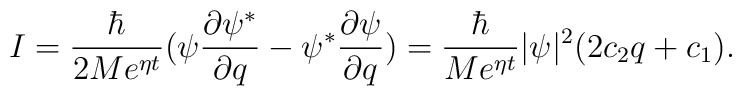
I=\frac \hbar {2Me^{\eta t}}(\psi \frac{\partial \psi ^{*}}{\partial q}-\psi^{*}\frac{\partial \psi }{\partial q})=\frac \hbar {Me^{\eta t}}|\psi|^2(2c_2q+c_1).